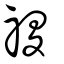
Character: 禝